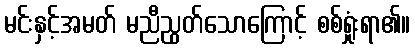
မင်းနှင့်အမတ် မညီညွတ်သောကြောင့် စစ်ရှုံးရာ၏။